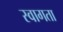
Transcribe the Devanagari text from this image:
स्वागता